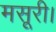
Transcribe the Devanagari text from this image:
मसूरी।